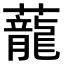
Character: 蘢